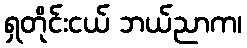
ရှတိုင်းငယ် ဘယ်ညာက၊